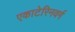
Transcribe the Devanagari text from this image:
एकाटेरिनवर्ग